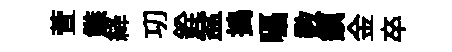
萱鏃絳㓛銓盆搗囁数鎮金卒